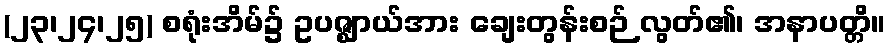
(၂၃၊၂၄၊၂၅) စရုံးအိမ်၌ ဥပဇ္ဈာယ်အား ချေးတွန်းစဉ် လွတ်၏၊ အနာပတ္တိ။